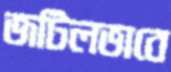
জটিলভাবে